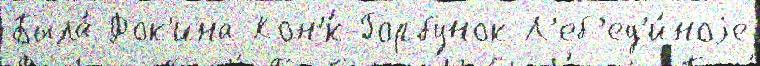
Была́ Фок'ина Кон'́к-Горбунок Л'еб'ед'и́ноjе